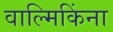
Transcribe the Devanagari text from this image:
वाल्मिकिंना